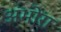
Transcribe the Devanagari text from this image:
अंभोरा